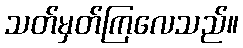
သတ်မှတ်ကြလေသည်။